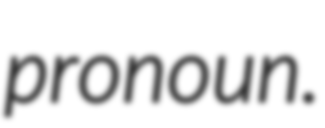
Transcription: pronoun.